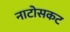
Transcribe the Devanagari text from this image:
नाटोसकट